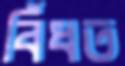
বিঁধত